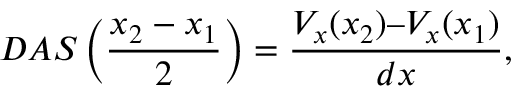
D A S \left( \frac { x _ { 2 } - x _ { 1 } } { 2 } \right) = \frac { V _ { x } ( x _ { 2 } ) – V _ { x } ( x _ { 1 } ) } { d x } ,